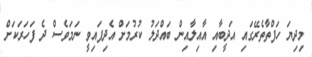
މިދިޔަ ހަފްތާތެރޭގައި އަދީބާއި އާއިލާއިން ބައްދަލު ކުރުމަށް އެދިފައިވީ ނަމަވެސް ދެ ފަހަރަކަށް